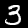
Label: 3